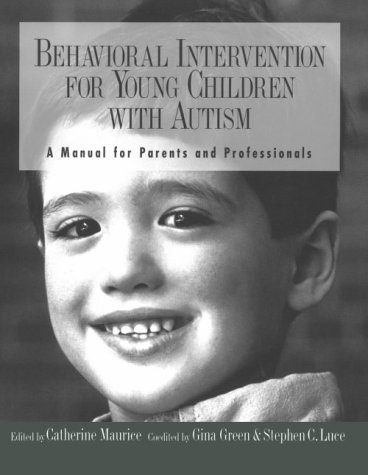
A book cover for Behavioral Intervention for Young Children With Autism: A Manual for Parents and Professionals; Catherine Maurice; Medical Books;